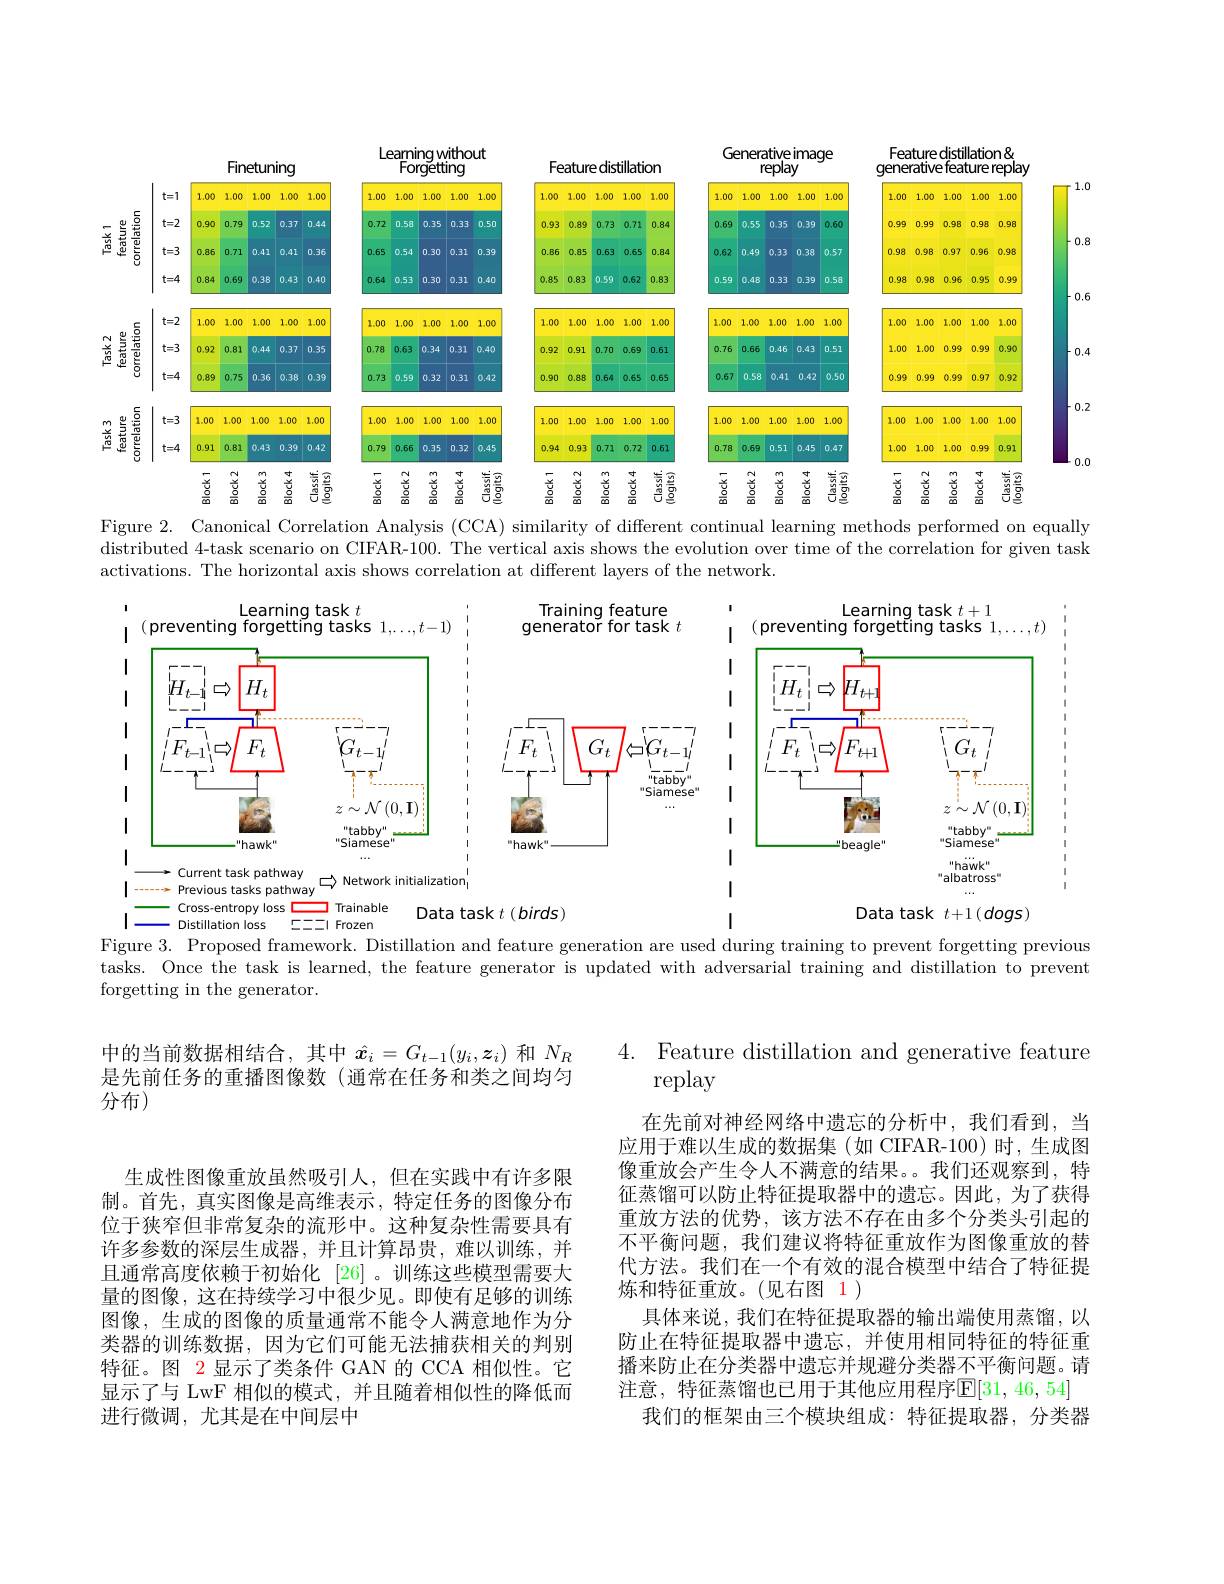
<FigureHere>

1.0

-0.8

-0.6

Figure 2. Canonical Correlation Analysis (CCA) similarity of different continual learning methods performed on equally

-0.4

-0.2

0.0

distributed 4-task scenario on CIFAR-100. The vertical axis shows the evolution over time of the correlation for given task
activations. The horizontal axis shows correlation at different layers of the network.

<FigureHere>

Distillation loss
${\mathbf{C}}=--1{\mathbf{F}}$rozen

Figure 3. Proposed framework. Distillation and feature generation are used during training to prevent forgetting previous

tasks. Once the task is learned, the feature generator is updated with adversarial training and distillation to prevent

forgetting in the generator.

4. Feature distillation and generative feature
replay

中的当前数据相结合，其中$\hat{x}_i=G_{t-1}(y_i,\boldsymbol{z}_i)$和$N_R$ 是先前任务的重播图像数(通常在任务和类之间均匀分布)

在先前对神经网络中遗忘的分析中，我们看到，当应用于难以生成的数据集(如 CIFAR-100)时，生成图像重放会产生令人不满意的结果。我们还观察到，特征蒸馏可以防止特征提取器中的遗忘。因此，为了获得重放方法的优势，该方法不存在由多个分类头引起的不平衡问题，我们建议将特征重放作为图像重放的替代方法。我们在一个有效的混合模型中结合了特征提炼和特征重放。(见右图 1)
具体来说，我们在特征提取器的输出端使用蒸馏，以防止在特征提取器中遗忘，并使用相同特征的特征重播来防止在分类器中遗忘并规避分类器不平衡问题。请注意，特征蒸馏也已用于其他应用程序E[31,46,54]
我们的框架由三个模块组成：特征提取器，分类器

生成性图像重放虽然吸引人，但在实践中有许多限制。首先，真实图像是高维表示，特定任务的图像分布位于狭窄但非常复杂的流形中。这种复杂性需要具有许多参数的深层生成器，并且计算昂贵，难以训练，并且通常高度依赖于初始化 [26]。训练这些模型需要大量的图像，这在持续学习中很少见。即使有足够的训练图像，生成的图像的质量通常不能令人满意地作为分类器的训练数据，因为它们可能无法捕获相关的判别特征。图 2显示了类条件 GAN 的 CCA 相似性。它显示了与 LwF 相似的模式，并且随着相似性的降低而进行微调，尤其是在中间层中